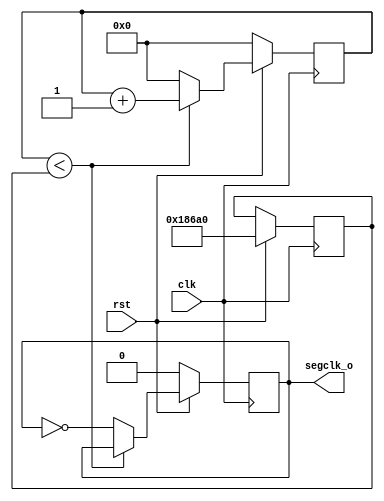
`timescale 1ns / 1ps
//////////////////////////////////////////////////////////////////////////////////
// Company: 
// Engineer: 
// 
// Design Name: 
// Module Name: Counter
// Project Name: 
// Target Devices: 
// Tool Versions: 
// Description: 
// 
// Dependencies: 
// 
// Revision:
// Revision 0.01 - File Created
// Additional Comments:
// 
//////////////////////////////////////////////////////////////////////////////////


module Counter(
input clk, rst,
output reg segclk_o
    );
    reg [31:0] count, max;
    always @(posedge clk) begin
        if(~rst)begin
            segclk_o<=1'b0;
            count<=0;
        end else begin
            max<=100000;
            if(count<max)begin
                count<=count+1;
            end else begin
                count<=0;
                segclk_o<=~segclk_o;
            end
        end
    end
    
endmodule